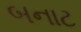
બનાટ